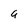
Character: a